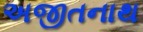
અજીતનાથ